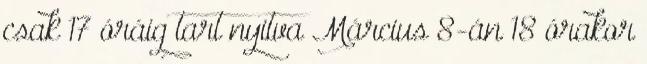
csak 17 óráig tart nyitva Március 8-án 18 órakor